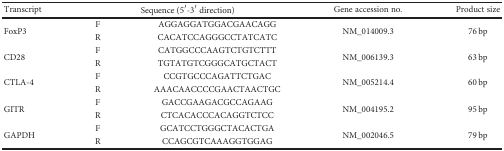
<table><thead><tr><td><b>Transcript</b></td><td colspan="2"><b>Sequence (5′-3′ direction)</b></td><td><b>Gene accession no.</b></td><td><b>Product size</b></td></tr></thead><tbody><tr><td rowspan="2">FoxP3</td><td>F</td><td>AGGAGGATGGACGAACAGG</td><td rowspan="2">NM_014009.3</td><td rowspan="2">76 bp</td></tr><tr><td>R</td><td>CACATCCAGGGCCTATCATC</td></tr><tr><td rowspan="2">CD28</td><td>F</td><td>CATGGCCCAAGTCTGTCTTT</td><td rowspan="2">NM_006139.3</td><td rowspan="2">63 bp</td></tr><tr><td>R</td><td>TGTATGTCGGGCATGCTACT</td></tr><tr><td rowspan="2">CTLA-4</td><td>F</td><td>CCGTGCCCAGATTCTGAC</td><td rowspan="2">NM_005214.4</td><td rowspan="2">60 bp</td></tr><tr><td>R</td><td>AAACAACCCCGAACTAACTGC</td></tr><tr><td rowspan="2">GITR</td><td>F</td><td>GACCGAAGACGCCAGAAG</td><td rowspan="2">NM_004195.2</td><td rowspan="2">95 bp</td></tr><tr><td>R</td><td>CTCACACCCACAGGTCTCC</td></tr><tr><td rowspan="2">GAPDH</td><td>F</td><td>GCATCCTGGGCTACACTGA</td><td rowspan="2">NM_002046.5</td><td rowspan="2">79 bp</td></tr><tr><td>R</td><td>CCAGCGTCAAAGGTGGAG</td></tr></tbody></table>